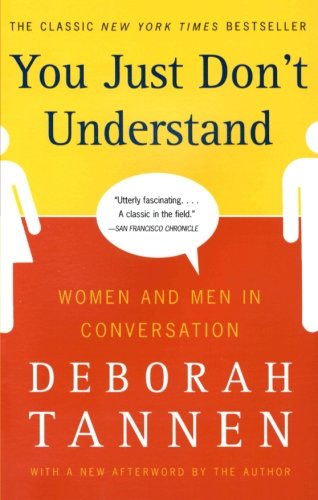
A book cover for You Just Don't Understand: Women and Men in Conversation; Deborah Tannen; Health, Fitness & Dieting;